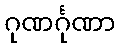
ဂုဏင်္ဂုဏာ